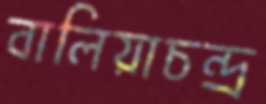
বালিয়াচন্দ্র